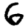
Digit: 6